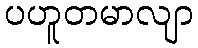
ပဟူတမာလျာ